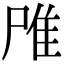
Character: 𨾋